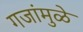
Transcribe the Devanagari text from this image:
गजांमुळे